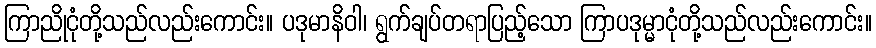
ကြာညိုငုံတို့သည်လည်းကောင်း။ ပဒုမာနိဝါ၊ ရွက်ချပ်တရာပြည့်သော ကြာပဒုမ္မာငုံတို့သည်လည်းကောင်း။